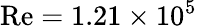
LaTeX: \mathrm{Re}=1.21\times 10^{5}